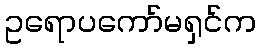
ဥရောပကော်မရှင်က